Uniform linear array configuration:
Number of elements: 4
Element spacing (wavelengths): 1
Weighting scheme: hann
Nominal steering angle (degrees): -60
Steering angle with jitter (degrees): -60.753
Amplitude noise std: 0.05
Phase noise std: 0.05

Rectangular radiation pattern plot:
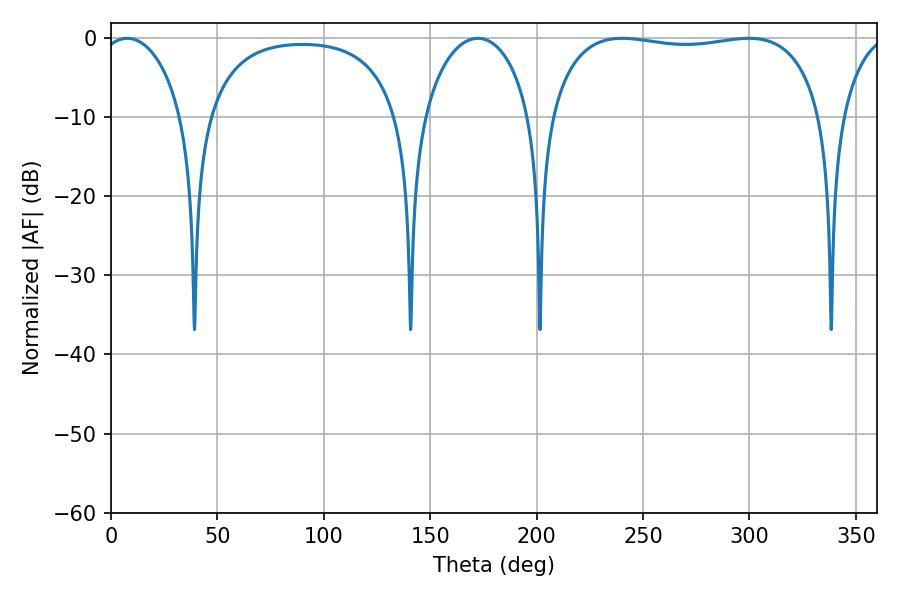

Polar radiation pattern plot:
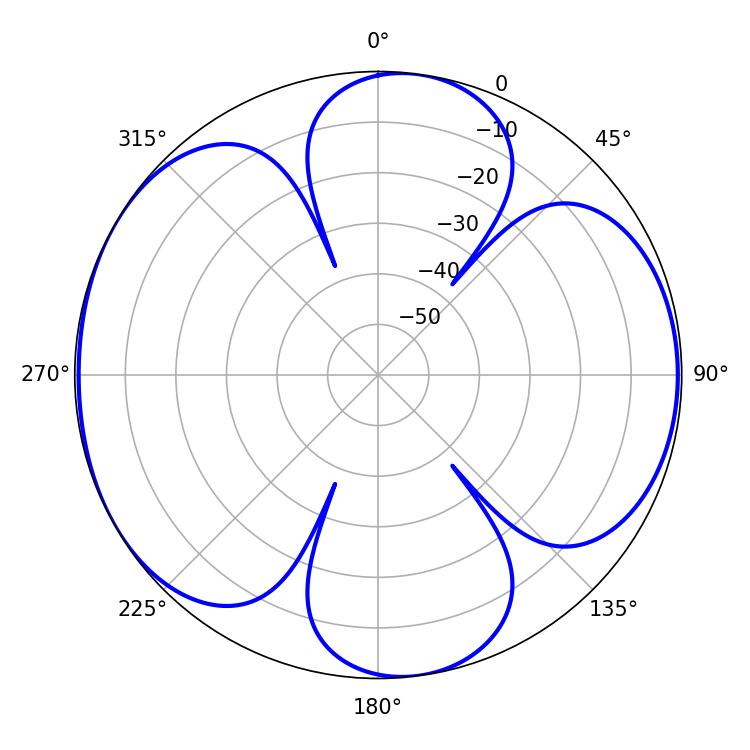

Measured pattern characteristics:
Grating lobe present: TRUE
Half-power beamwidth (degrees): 22.32
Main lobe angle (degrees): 7.56